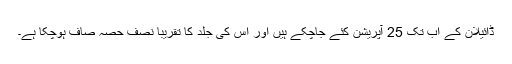
ڈائیلان کے اب تک 25 آپریشن کئے جاچکے ہیں اور اس کی جلد کا تقریباً نصف حصہ صاف ہوچکا ہے۔